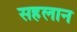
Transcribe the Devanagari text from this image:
सहलान